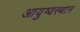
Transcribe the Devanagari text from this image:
आयुष्यस्थान